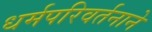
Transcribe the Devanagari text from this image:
धर्मपरिवर्तनाने